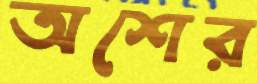
অশের